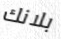
بلانك